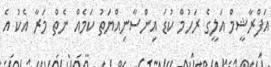
އަފްރާޝީމް އަލީގެ ރަހުމް ކުޑަ އިންސާނިއްޔަތު ކަމެއް ނެތް މަރާ އެކު އެ